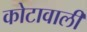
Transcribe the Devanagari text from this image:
कोटावाली